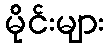
မိုင်းများ